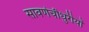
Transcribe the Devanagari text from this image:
सावर्णचौधुरीयों